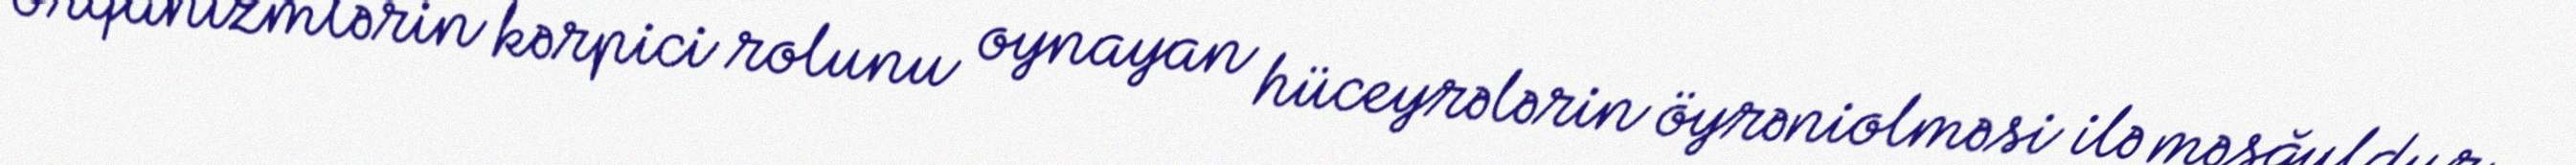
orqanizmlərin kərpici rolunu oynayan hüceyrələrin öyrəniolməsi ilə məşğuldur.